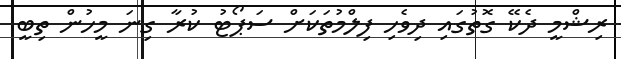
ރިޝްމީ ދެކޭ ގޮތުގައި ދިވެހި ފިލްމުތަކަށް ސަޕޯޓު ކުރާ ގިނަ މީހުން ތިބީ